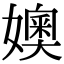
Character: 㜩